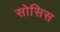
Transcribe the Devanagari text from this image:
सोसिस